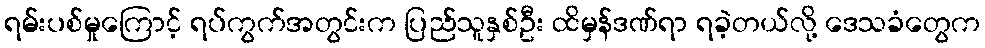
ရမ်းပစ်မှုကြောင့် ရပ်ကွက်အတွင်းက ပြည်သူနှစ်ဦး ထိမှန်ဒဏ်ရာ ရခဲ့တယ်လို့ ဒေသခံတွေက